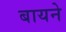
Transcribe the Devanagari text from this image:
बायने